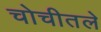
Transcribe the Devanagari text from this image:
चोचीतले